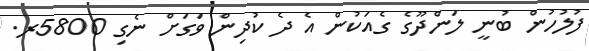
ފުލުހުން ބުނީ ލަންދޫގެ ގެއަކުން އެ ދެ ކުދިން ވަގަށް ނެގި 5800ރ.